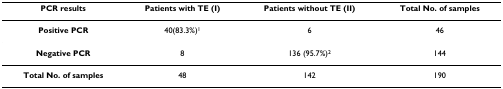
<table><thead><tr><td><b>PCR results</b></td><td><b>Patients with TE (I)</b></td><td><b>Patients without TE (II)</b></td><td><b>Total No. of samples</b></td></tr></thead><tbody><tr><td><b>Positive PCR</b></td><td>40(83.3%)<sup>1</sup></td><td>6</td><td>46</td></tr><tr><td><b>Negative PCR</b></td><td>8</td><td>136 (95.7%)<sup>2</sup></td><td>144</td></tr><tr><td><b>Total No. of samples</b></td><td>48</td><td>142</td><td>190</td></tr></tbody></table>